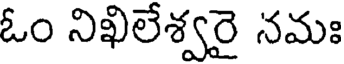
ఓం నిఖిలేశ్వరై నమః